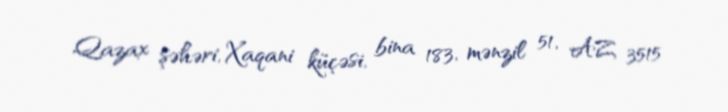
Qazax şəhəri, Xaqani küçəsi, bina 183, mənzil 51, AZ 3515